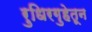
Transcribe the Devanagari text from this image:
रुधिरगुहेतून